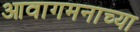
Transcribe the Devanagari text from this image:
आवागमनाच्या